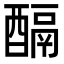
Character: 𨢌